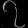
Digit: ၇